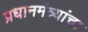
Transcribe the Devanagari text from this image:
प्रधानमंत्र्यांचा